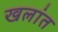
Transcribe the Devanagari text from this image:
खलांत